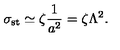
\sigma _ { \mathrm { s t } } \simeq \zeta \frac { 1 } { a ^ { 2 } } = \zeta \Lambda ^ { 2 } .